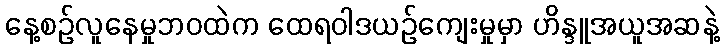
နေ့စဉ်လူနေမှုဘဝထဲက ထေရဝါဒယဉ်ကျေးမှုမှာ ဟိန္ဒူအယူအဆနဲ့